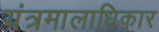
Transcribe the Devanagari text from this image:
यंत्रमालाधिकार